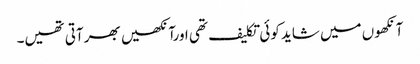
آنکھوں میں شاید کوئی تکلیف تھی اورآنکھیں بھر آتی تھیں۔